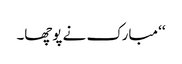
‘‘ مبارک نے پوچھا۔